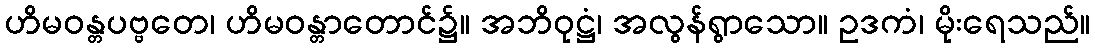
ဟိမဝန္တပဗ္ဗတေ၊ ဟိမဝန္တာတောင်၌။ အဘိဝုဋ္ဌံ၊ အလွန်ရွာသော။ ဥဒကံ၊ မိုးရေသည်။